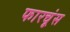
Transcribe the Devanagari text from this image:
फारचूंस